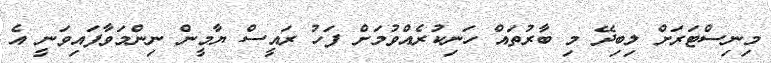
މިނިސްޓަރަށް ލިބިދޭ މި ބާރުތައް ހަނިކުރެއްވުމަށް ފަހު ރައީސް ޔާމީން ނިންމަވާފައިވަނީ އެ